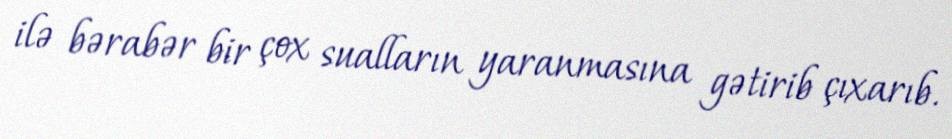
ilə bərabər bir çox sualların yaranmasına gətirib çıxarıb.